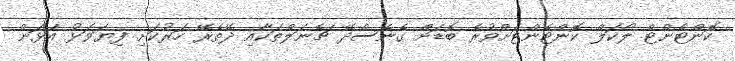
ކޮންޓެންޓް ލޯކަލް ކޮންޓެންޓަށްވުރެ ބޮޑަށް ގެނެސްދޭ ޗެނަލްތަކާއި ދޭތެރޭ ހަރުކަށި ފިޔަވަޅު އަޅަން